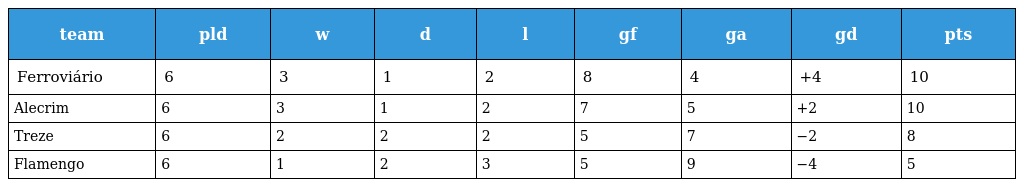
| team | pld | w | d | l | gf | ga | gd | pts |
 | --- | --- | --- | --- | --- | --- | --- | --- | --- |
 | Ferroviário | 6 | 3 | 1 | 2 | 8 | 4 | +4 | 10 |
 | Alecrim | 6 | 3 | 1 | 2 | 7 | 5 | +2 | 10 |
 | Treze | 6 | 2 | 2 | 2 | 5 | 7 | −2 | 8 |
 | Flamengo | 6 | 1 | 2 | 3 | 5 | 9 | −4 | 5 |